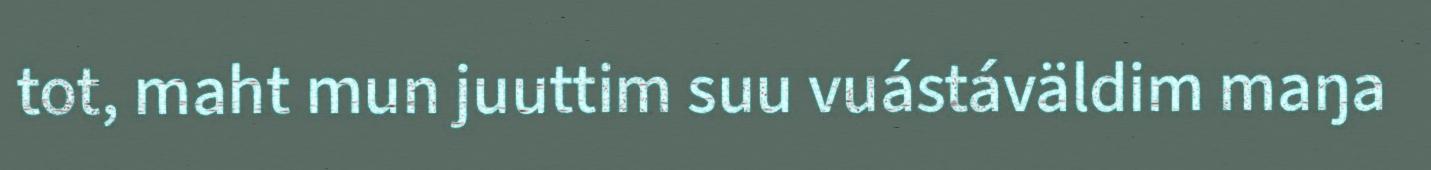
tot, maht mun juuttim suu vuástáväldim maŋa